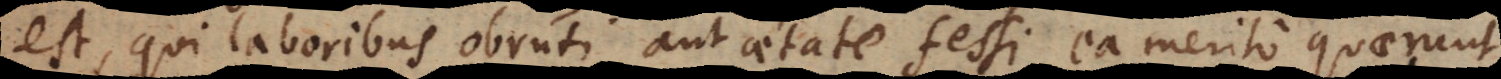
est qui laboribus obruti aut aetate fessi ea merito quaerunt